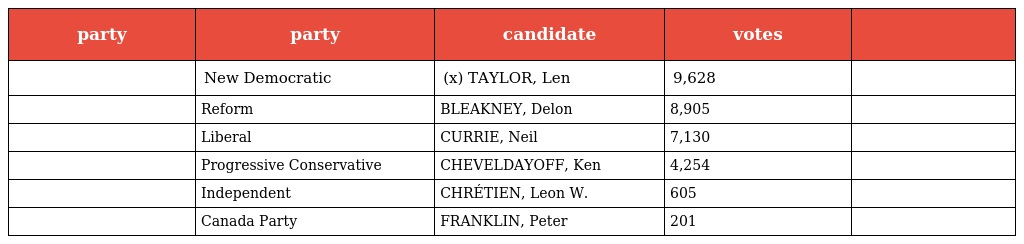
| party | party | candidate | votes |  |
 | --- | --- | --- | --- | --- |
 |  | New Democratic | (x) TAYLOR, Len | 9,628 |  |
 |  | Reform | BLEAKNEY, Delon | 8,905 |  |
 |  | Liberal | CURRIE, Neil | 7,130 |  |
 |  | Progressive Conservative | CHEVELDAYOFF, Ken | 4,254 |  |
 |  | Independent | CHRÉTIEN, Leon W. | 605 |  |
 |  | Canada Party | FRANKLIN, Peter | 201 |  |